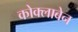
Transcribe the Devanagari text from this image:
कोक्लाबेन